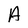
Character: A